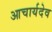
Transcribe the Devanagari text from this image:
आचार्यदेव